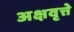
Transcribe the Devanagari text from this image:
अक्षवृत्ते